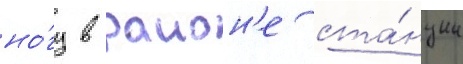
но́гу в раион'е ста́нции